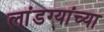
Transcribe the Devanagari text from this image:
लांडग्यांच्या